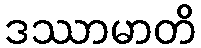
ဒဿာမာတိ